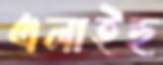
এলাইছ